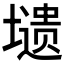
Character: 𭏸